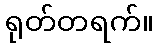
ရုတ်တရက်။